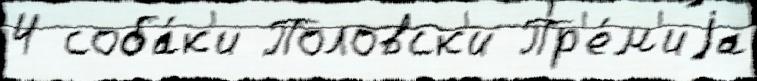
4 соба́к'и Половск'и Пр'е́м'иjа